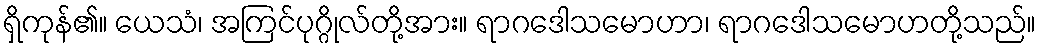
ရှိကုန်၏။ ယေသံ၊ အကြင်ပုဂ္ဂိုလ်တို့အား။ ရာဂဒေါသမောဟာ၊ ရာဂဒေါသမောဟတို့သည်။